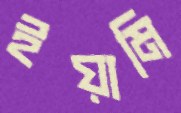
ইয়ামি